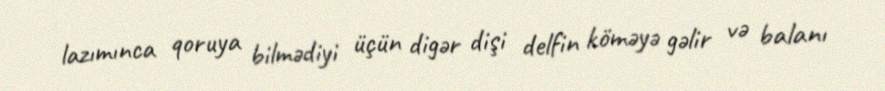
lazımınca qoruya bilmədiyi üçün digər dişi delfin köməyə gəlir və balanı